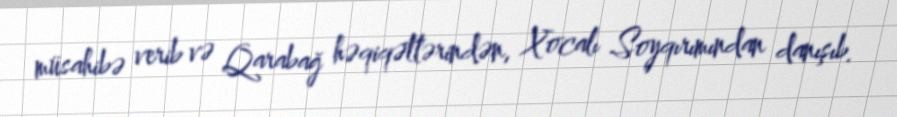
müsahibə verib və Qarabağ həqiqətlərindən, Xocalı Soyqırımından danışıb.